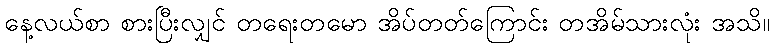
နေ့လယ်စာ စားပြီးလျှင် တရေးတမော အိပ်တတ်ကြောင်း တအိမ်သားလုံး အသိ။